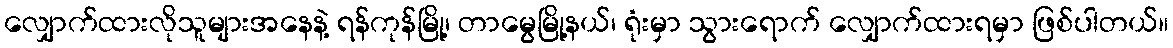
လျှောက်ထားလိုသူများအနေနဲ့ ရန်ကုန်မြို့၊ တာမွေမြို့နယ်၊ ရုံးမှာ သွားရောက် လျှောက်ထားရမှာ ဖြစ်ပါတယ်။